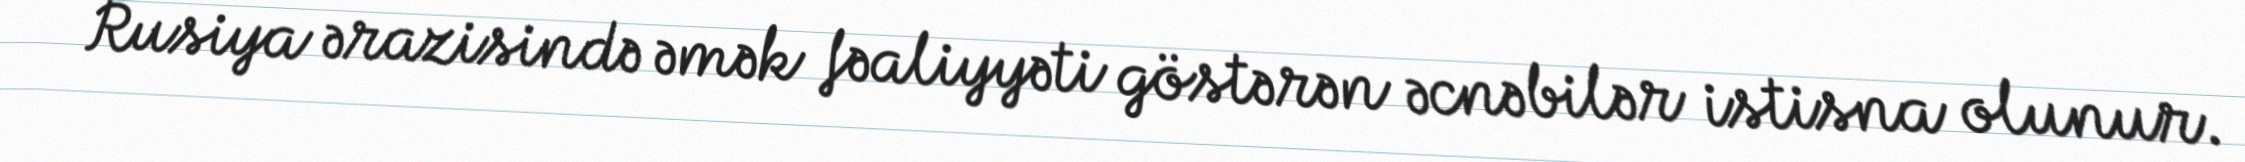
Rusiya ərazisində əmək fəaliyyəti göstərən əcnəbilər istisna olunur.